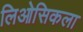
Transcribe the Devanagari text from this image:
लिओसिकला